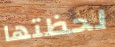
لحظتها